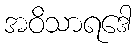
အဝိသာရဒေါ